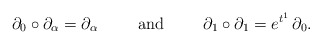
\begin{align*}\partial_0 \circ \partial_\alpha = \partial_\alpha \hspace{1cm} \mbox{and} \hspace{1cm} \partial_1 \circ \partial_1 = e^{t^1} \, \partial_0.\end{align*}